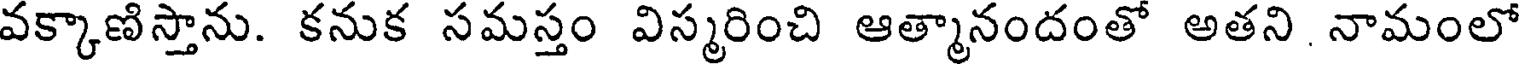
వక్కాణిస్తాను. కనుక సమస్తం విస్మరించి ఆత్మానందంతో అతని నామంలో